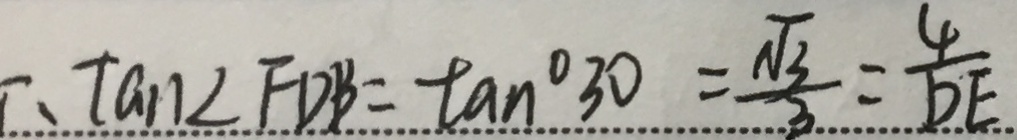
\therefore \tan \angle F D B = \tan ^ { \circ } 3 0 = \frac { \sqrt { 3 } } { 3 } = \frac { 4 } { D E }